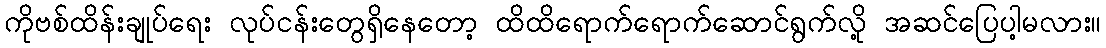
ကိုဗစ်ထိန်းချုပ်ရေး လုပ်ငန်းတွေရှိနေတော့ ထိထိရောက်ရောက်ဆောင်ရွက်လို့ အဆင်ပြေပါ့မလား။